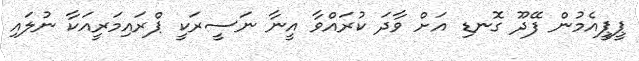
ޕީޕީއެމުން ފޭދޫ ގޮނޑި އަށް ވާދަ ކުރައްވާ އީނާ ނަސީރަކީ ޕްރައިމަރީއަކާ ނުލައި